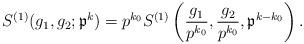
LaTeX: \begin{align*}S^{(1)}(g_1,g_2;\mathfrak{p}^k)=p^{k_0}S^{(1)}\left(\frac{g_1}{p^{k_0}},\frac{g_2}{p^{k_0}},\mathfrak{p}^{k-k_0}\right). \end{align*}